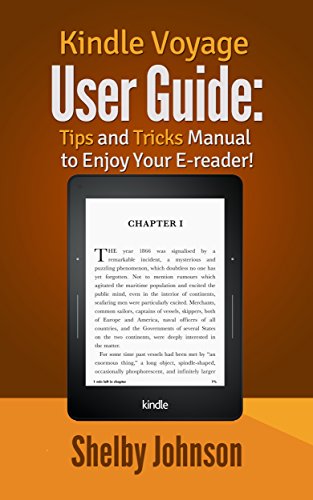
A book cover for Kindle Voyage User Manual: Tips & Tricks Guide to Enjoy Your E-reader!; Shelby Johnson; Computers & Technology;